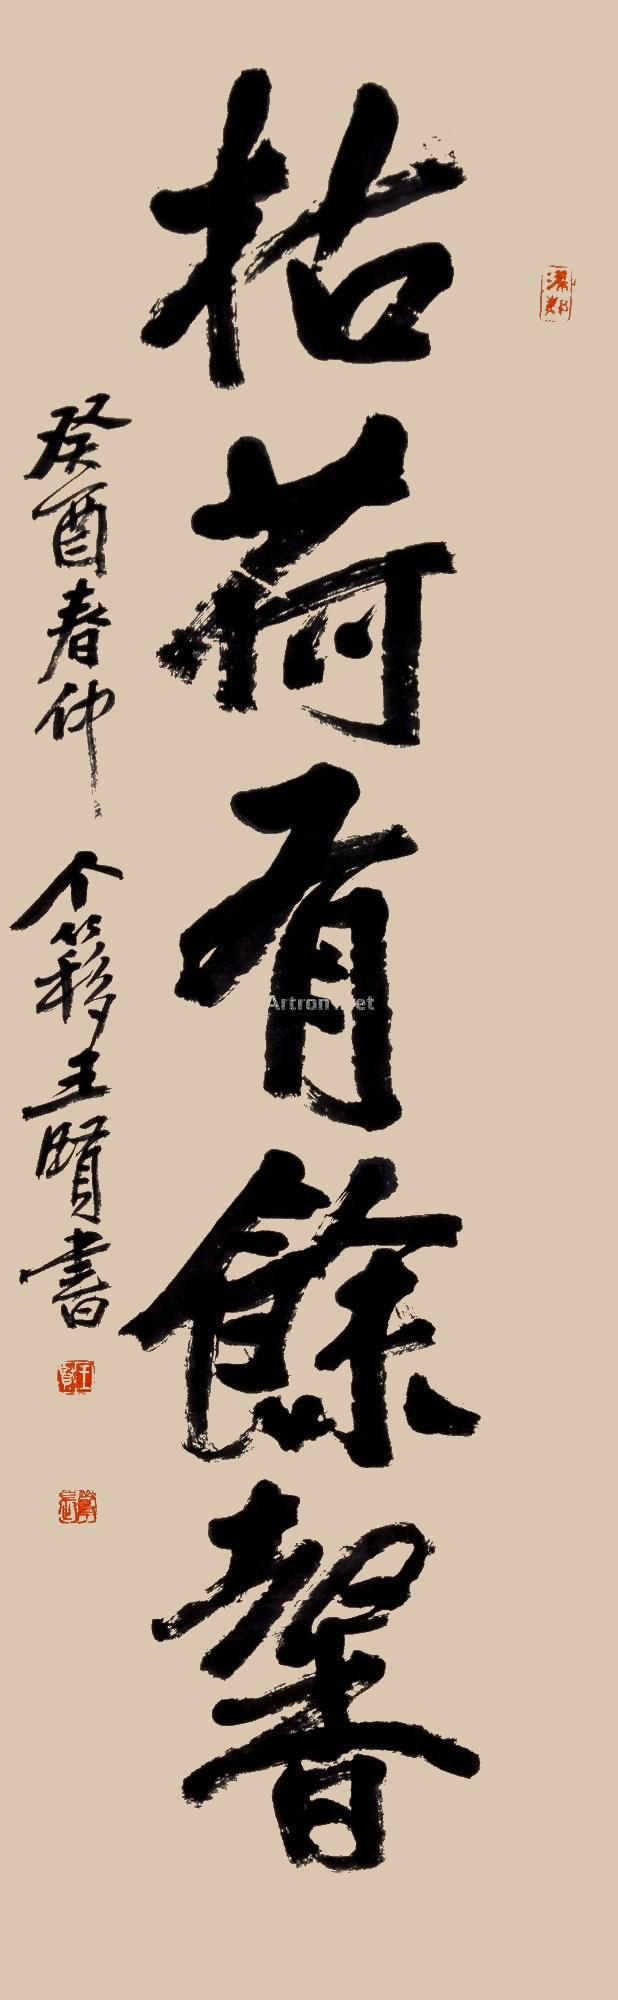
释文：枯荷有余香癸酉（1933）春仲。个簃王贤书。